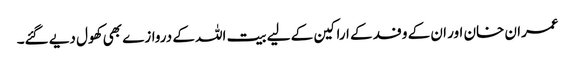
عمران خان اور ان کے وفد کے اراکین کے لیے بیت اللہ کے دروازے بھی کھول دیے گئے۔